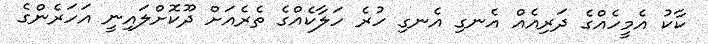
ކާކު އެމީހެއްގެ ދަރިއެއް އެނގި އެނގި ހުރެ ހަލާކެއްގެ ތެރެއަށް ދޫކޮށްލައިނީ އަހަރެންގެ